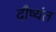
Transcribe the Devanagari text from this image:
दौष्यंत